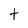
Character: t